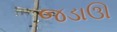
જડાઊ